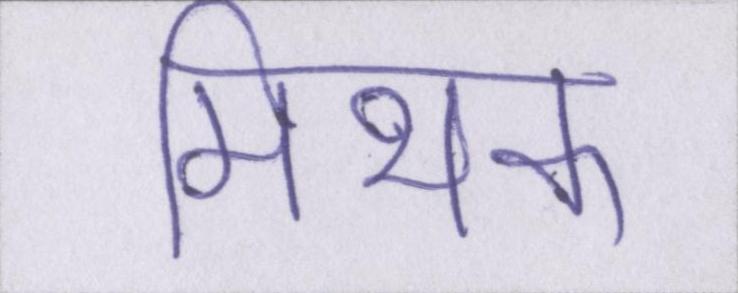
मिथक